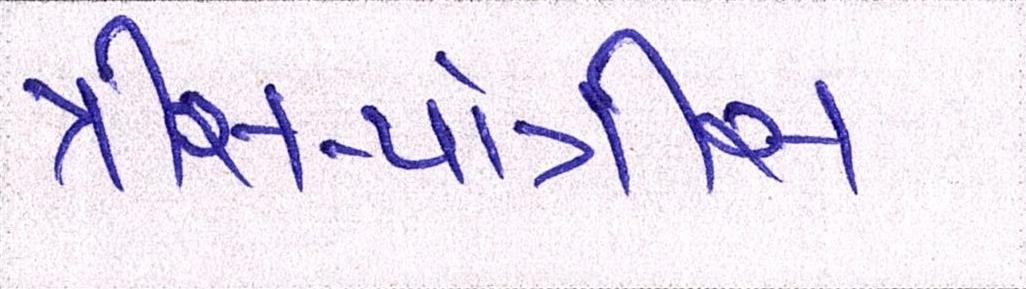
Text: ત્રીસ-પાંત્રીસ